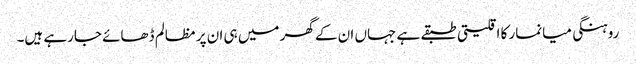
روہنگی میانمار کا اقلیتی طبقے ہے جہاں ان کے گھر میں ہی ان پر مظالم ڈھائے جارہے ہیں۔